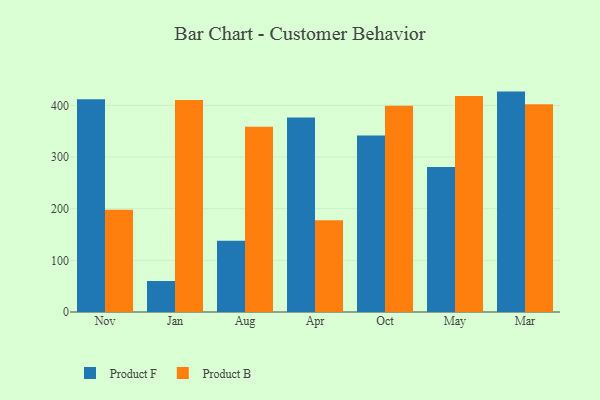
{"axis": {"x": "Month", "y": "Headcount"}, "legend": ["Product B", "Product F"], "data": [{"x": "Nov", "y": 411.8, "type": "Product F"}, {"x": "Nov", "y": 198.2, "type": "Product B"}, {"x": "Jan", "y": 60.0, "type": "Product F"}, {"x": "Jan", "y": 410.3, "type": "Product B"}, {"x": "Aug", "y": 138.0, "type": "Product F"}, {"x": "Aug", "y": 358.6, "type": "Product B"}, {"x": "Apr", "y": 376.5, "type": "Product F"}, {"x": "Apr", "y": 177.6, "type": "Product B"}, {"x": "Oct", "y": 341.9, "type": "Product F"}, {"x": "Oct", "y": 399.1, "type": "Product B"}, {"x": "May", "y": 280.8, "type": "Product F"}, {"x": "May", "y": 418.4, "type": "Product B"}, {"x": "Mar", "y": 426.7, "type": "Product F"}, {"x": "Mar", "y": 402.3, "type": "Product B"}]}